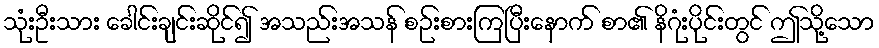
သုံးဦးသား ခေါင်းချင်းဆိုင်၍ အသည်းအသန် စဉ်းစားကြပြီးနောက် စာ၏ နိဂုံးပိုင်းတွင် ဤသို့သော